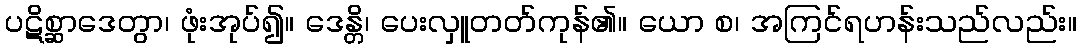
ပဋိစ္ဆာဒေတွာ၊ ဖုံးအုပ်၍။ ဒေန္တိ၊ ပေးလှူတတ်ကုန်၏။ ယော စ၊ အကြင်ရဟန်းသည်လည်း။